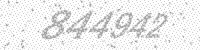
Solution: 844942